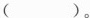
()。